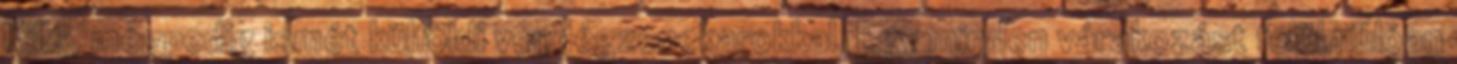
Kills, mégpedig ismét külföldi vendégzenekarokkal. Egy minden várakozást felülmúlóan